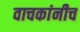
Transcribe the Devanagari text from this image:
वाचकांनीच